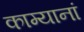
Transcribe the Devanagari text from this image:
काम्यानां